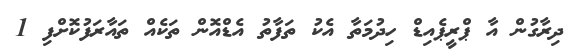
ދިރާގުން އާ ޕްރީޕެއިޑް ހިދުމަތާ އެކު ތަފާތު އެޑްއޮން ތަކެއް ތައާރަފުކޮށްފި 1